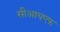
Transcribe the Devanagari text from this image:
सीआयएफ